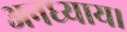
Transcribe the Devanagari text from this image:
अनध्याय।